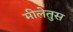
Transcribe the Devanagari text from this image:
मीलेतुस